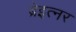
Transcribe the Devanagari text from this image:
ब्रेइत्नर